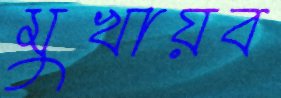
মুখায়ব